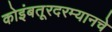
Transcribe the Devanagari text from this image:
कोइंबतूरदरम्यानचे